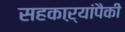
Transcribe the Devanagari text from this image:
सहकाऱ्यांपैकी